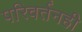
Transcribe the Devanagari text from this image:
परिवर्तनही